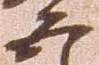
五